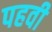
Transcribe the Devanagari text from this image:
पहवी